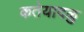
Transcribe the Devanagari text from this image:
कतेयादळु